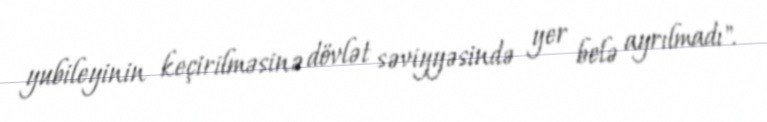
yubileyinin keçirilməsinə dövlət səviyyəsində yer belə ayrılmadı".